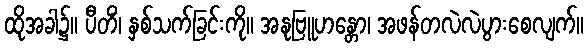
ထိုအခါ၌။ ပီတိံ၊ နှစ်သက်ခြင်းကို။ အနုဗြူဟန္တော၊ အဖန်တလဲလဲပွားစေလျက်။